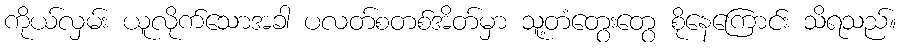
ကိုယ်လှမ်း ယူလိုက်သောအခါ ပလတ်စတစ်အိတ်မှာ သူ့တံတွေးတွေ စိုနေကြောင်း သိရသည်။